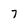
Character: 7